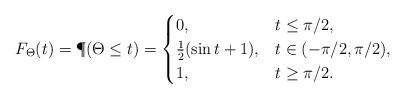
LaTeX: \begin{align*}F_{\Theta}(t) = \P(\Theta \leq t) = \begin{cases} 0, & t\leq \pi/2,\\ \frac{1}{2}(\sin t+1), & t \in (-\pi/2,\pi/2), \\ 1,&t \geq \pi/2. \end{cases}\end{align*}